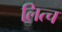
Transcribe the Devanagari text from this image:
लित्च